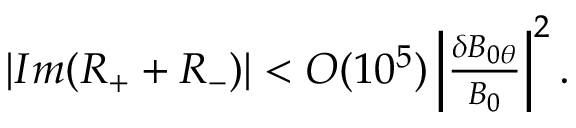
\begin{array} { r } { | I m ( R _ { + } + R _ { - } ) | < O ( 1 0 ^ { 5 } ) \left| \frac { \delta B _ { 0 \theta } } { B _ { 0 } } \right| ^ { 2 } . } \end{array}